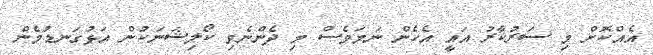
އެއްކޮށް މި ސަރުކާރު އަައީ އެހެން ނަމަވެސް މި ދެންނެވި ކޯލިޝަނަކުން އަޅުގަނޑުމެން